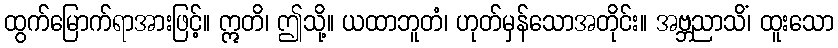
ထွက်မြောက်ရာအားဖြင့်။ ဣတိ၊ ဤသို့။ ယထာဘူတံ၊ ဟုတ်မှန်သောအတိုင်း။ အဗ္ဘညာသိံ၊ ထူးသော